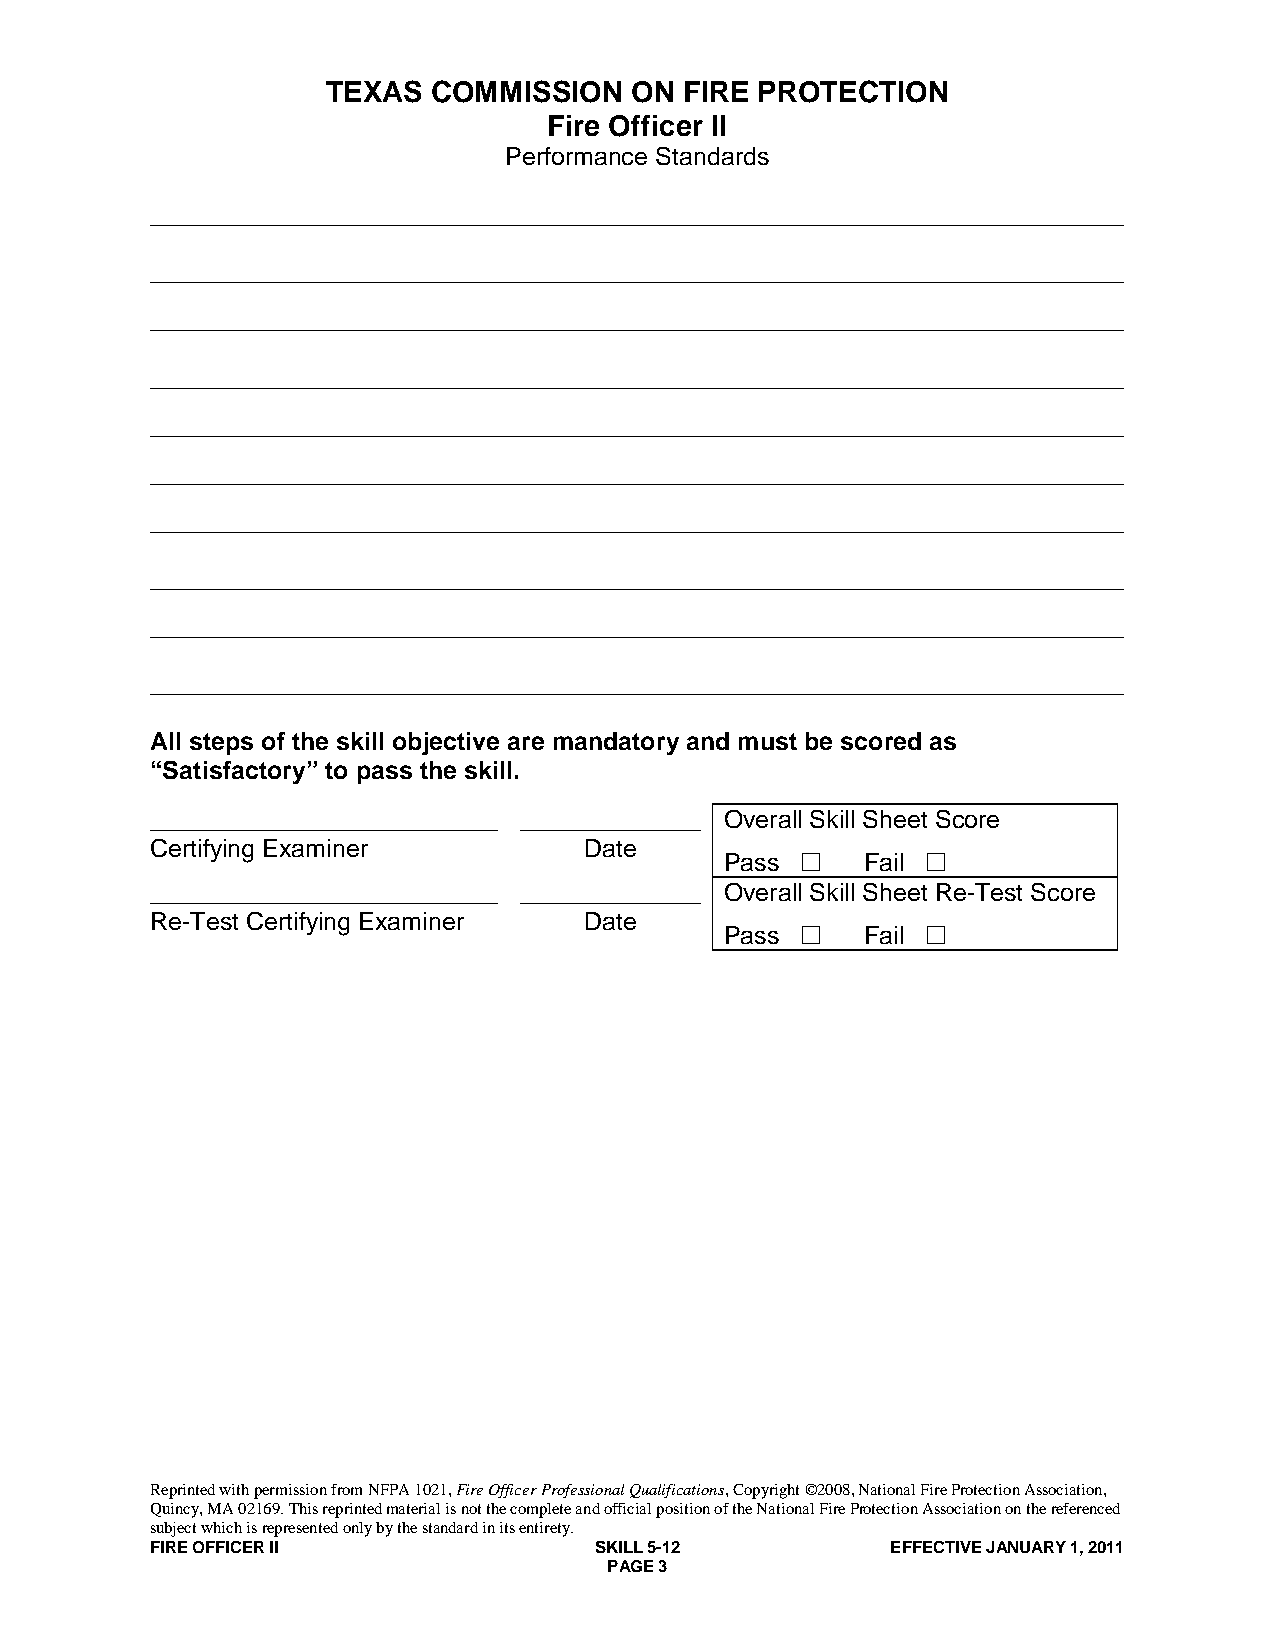
TEXAS  COMMISSION   ON FIRE PROTECTION
 Fire Officer II
 Performance Standards
 ______________________________________________________________________
 ______________________________________________________________________
 ______________________________________________________________________
 ______________________________________________________________________
 ______________________________________________________________________
 ______________________________________________________________________
 ______________________________________________________________________
 ______________________________________________________________________
 ______________________________________________________________________
 ______________________________________________________________________
 All steps of the skill objective are mandatory and must be scored as
 “Satisfactory” to pass the skill.
 _________________________ _____________ Overall Skill Sheet Score
 Certifying Examiner          Date
 Pass    Fail 
 _________________________ _____________ Overall Skill Sheet Re-Test Score
 Re-Test Certifying Examiner  Date
 Pass    Fail 
 Reprinted with permission from NFPA 1021, Fire Officer Professional Qualifications, Copyright ©2008, National Fire Protection Association,
 Quincy, MA 02169. This reprinted material is not the complete and official position of the National Fire Protection Association on the referenced
 subject which is represented only by the standard in its entirety.
 FIRE OFFICER II              SKILL 5-12          EFFECTIVE JANUARY 1, 2011
 PAGE 3